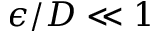
\epsilon / D \ll 1